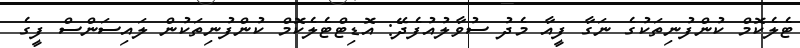
ޓެލެކޮމް ކުންފުނިތަކުގެ ނަގާ ފީއާ މެދު ސުވާލުއުފެދޭ: އޮޑިޓްޓެލެކޮމް ކުންފުނިތަކުން ލައިސަންސް ފީގެ